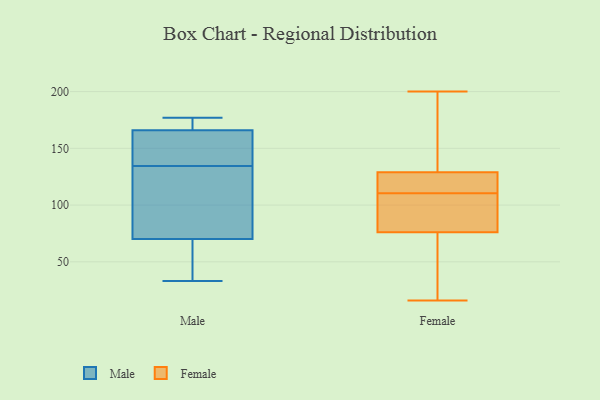
{"axis": {"x": "Shipments", "y": "Value"}, "legend": ["Female", "Male"], "data": [{"x": "", "y": 165, "type": "Male"}, {"x": "", "y": 171, "type": "Male"}, {"x": "", "y": 70, "type": "Male"}, {"x": "", "y": 65, "type": "Male"}, {"x": "", "y": 33, "type": "Male"}, {"x": "", "y": 96, "type": "Male"}, {"x": "", "y": 151, "type": "Male"}, {"x": "", "y": 175, "type": "Male"}, {"x": "", "y": 102, "type": "Male"}, {"x": "", "y": 57, "type": "Male"}, {"x": "", "y": 177, "type": "Male"}, {"x": "", "y": 166, "type": "Male"}, {"x": "", "y": 144, "type": "Male"}, {"x": "", "y": 125, "type": "Male"}, {"x": "", "y": 121, "type": "Female"}, {"x": "", "y": 95, "type": "Female"}, {"x": "", "y": 16, "type": "Female"}, {"x": "", "y": 120, "type": "Female"}, {"x": "", "y": 52, "type": "Female"}, {"x": "", "y": 76, "type": "Female"}, {"x": "", "y": 59, "type": "Female"}, {"x": "", "y": 130, "type": "Female"}, {"x": "", "y": 100, "type": "Female"}, {"x": "", "y": 118, "type": "Female"}, {"x": "", "y": 189, "type": "Female"}, {"x": "", "y": 200, "type": "Female"}, {"x": "", "y": 129, "type": "Female"}, {"x": "", "y": 103, "type": "Female"}]}